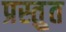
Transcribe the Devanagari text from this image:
प्रस्तु्त